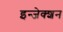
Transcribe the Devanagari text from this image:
इन्‍जेक्‍शन